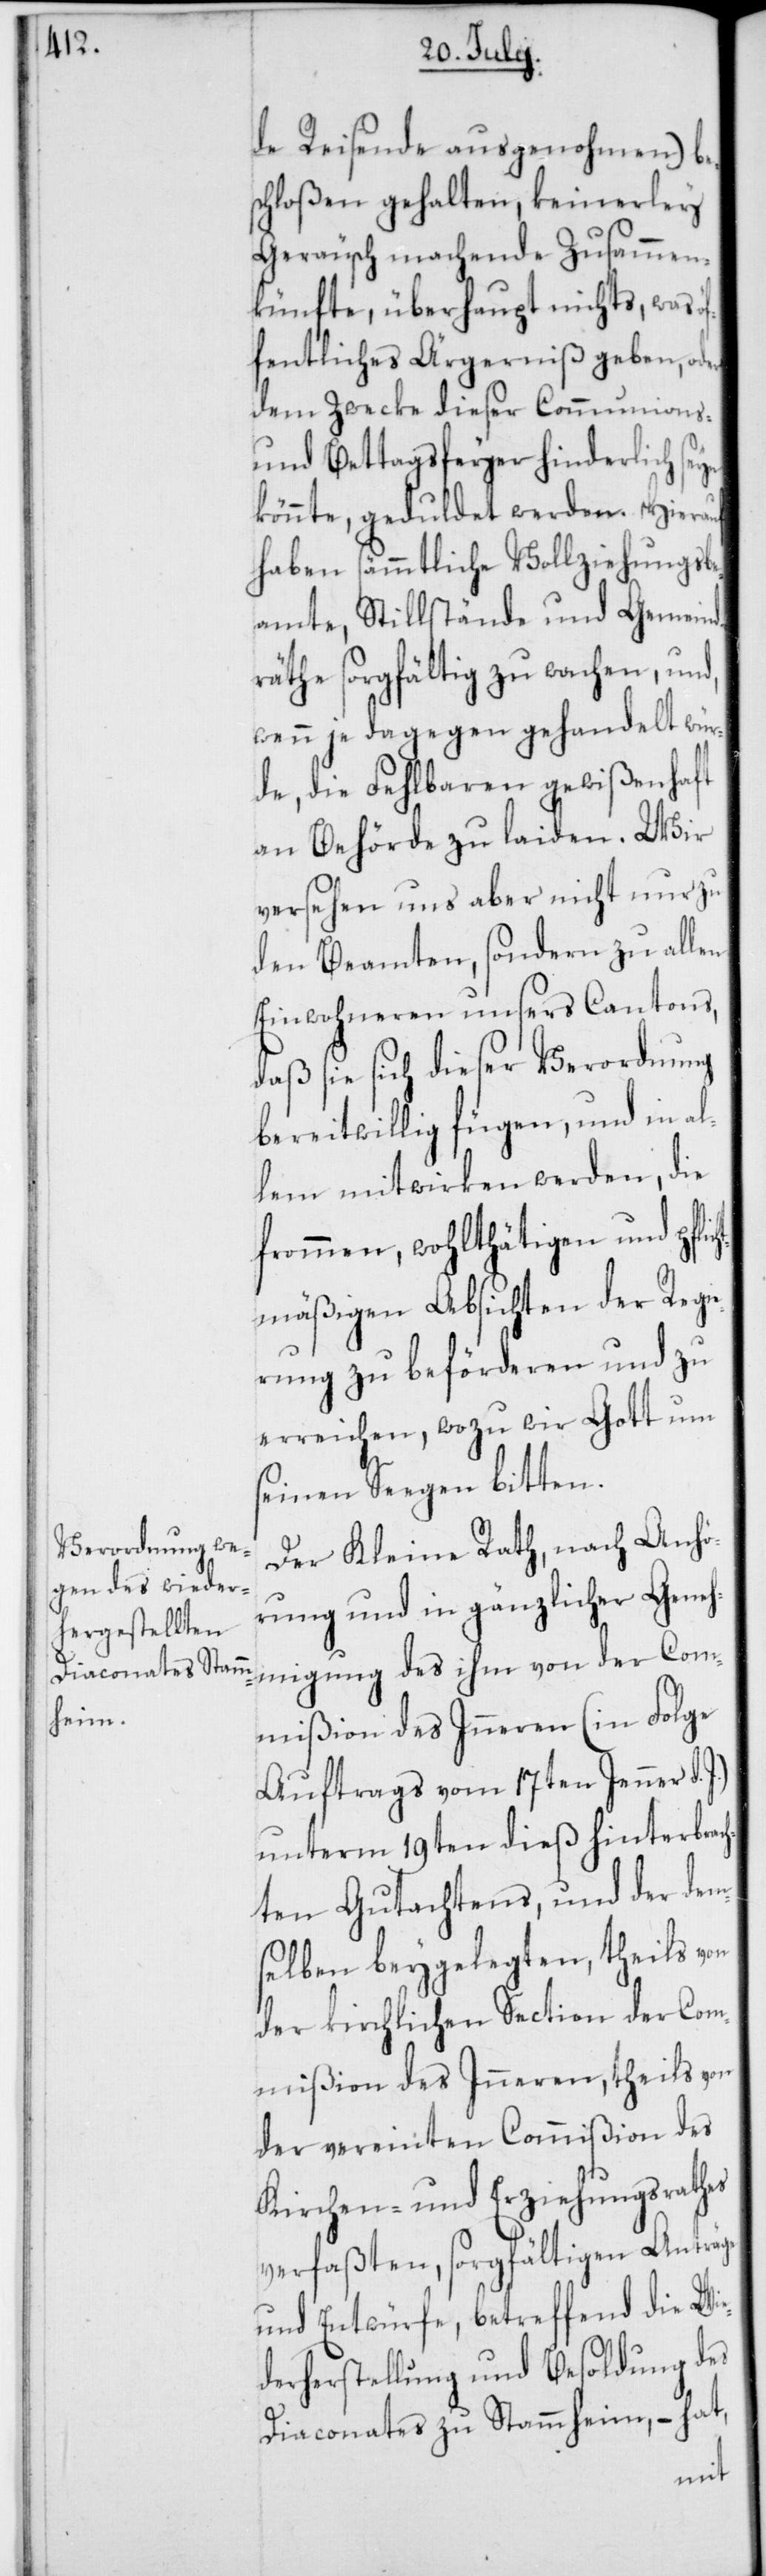
öf¬

de Reisende ausgenohmen) b¬
chloßen gehalten, keinerley
Geräusch machende Zusammen¬
künfte, überhaupt nichts, was
fentliches Ärgerniß geben, oder
dem Zwecke dieser Communions-
und Bettagsfeyer hinderlich seyn
könnte, geduldet werden. Hierauf
haben sämmtliche Vollziehungsbe¬
amte, Stillstände und Gemeind¬
räthe sorgfältig zu wachen, und,
wenn je dagegen gehandelt wür¬
de, die Fehlbaren gewißenhaft
an Behörde zu laiden. Wir
versehen uns aber nicht nur zu
den Beamten, sondern zu allen
Einwohneren unsers Cantons,
daß sie sich dieser Verordnung
bereitwillig fügen, und in al¬
lem mitwirken werden, die
frommen, wohlthätigen und pfli¬
chtmäßigen Absichten der Regie¬
rung zu beförderen und zu
erreichen, wozu wir Gott um
seinen Seegen bitten.
Der Kleine Rath, nach Anhö¬
rung und in gänzlicher Geneh¬
migung des ihm von der Com¬
mißion des Inneren (in Folge
Auftrags vom 17ten Jenner d.
unterm 19ten dieß hinterbrac¬
hten Gutachtens, und der dem¬
selben beygelegten, theils von
der kirchlichen Section der Com¬
mißion des Inneren, theils von
der vereinten Commißion des
Kirchen- und Erziehungsrathes
verfaßten, sorgfältigen Anträge
und Entwürfe, betreffend die Wie¬
derherstellung und Besoldung des
Diaconats zu Stammheim, – hat,